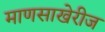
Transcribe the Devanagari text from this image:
माणसाखेरीज